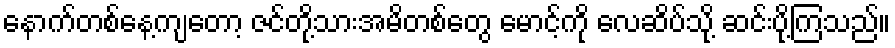
နောက်တစ်နေ့ကျတော့ ဇင်တို့သားအမိတစ်တွေ မောင့်ကို လေဆိပ်သို့ ဆင်းပို့ကြသည်။